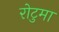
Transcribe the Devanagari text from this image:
रोटुमा